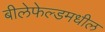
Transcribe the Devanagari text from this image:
बीलेफेल्डमधील